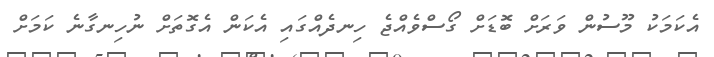
އެކަމަކު މޫސުން ވަރަށް ބޮޑަށް ގޯސްވެއްޖެ ހިނދެއްގައި އެކަން އެގޮތަށް ނުހިނގާނެ ކަމަށް